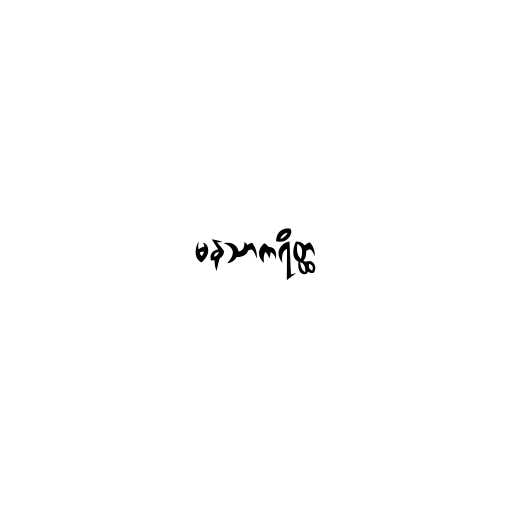
မနသာကရိတ္ထ